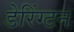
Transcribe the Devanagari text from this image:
डेरिंग्टन